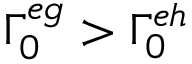
\Gamma _ { 0 } ^ { e g } > \Gamma _ { 0 } ^ { e h }